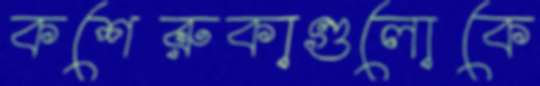
কশেরুকাগুলোকে